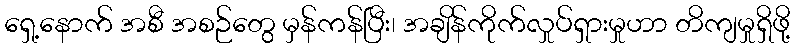
ရှေ့နောက် အစီ အစဉ်တွေ မှန်ကန်ပြီး၊ အချိန်ကိုက်လှုပ်ရှားမှုဟာ တိကျမှုရှိဖို့